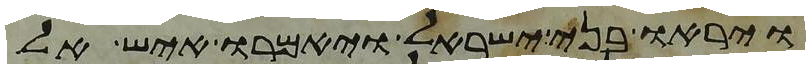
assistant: ויראו בני ישראל ויאמרו איש אל